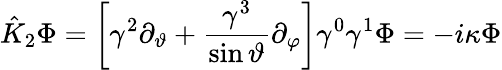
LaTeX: {\hat{K}}_{2}\Phi=\left[\gamma^{2}\partial_{\vartheta}+\frac{\gamma^{3}}{\sin\vartheta}\partial_{\varphi}\right]\gamma^{0}\gamma^{1}\Phi=-i\kappa\Phi